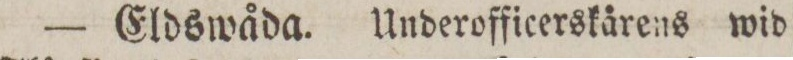
— Eldswåda. Underofficerskårens wid